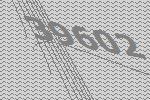
39602